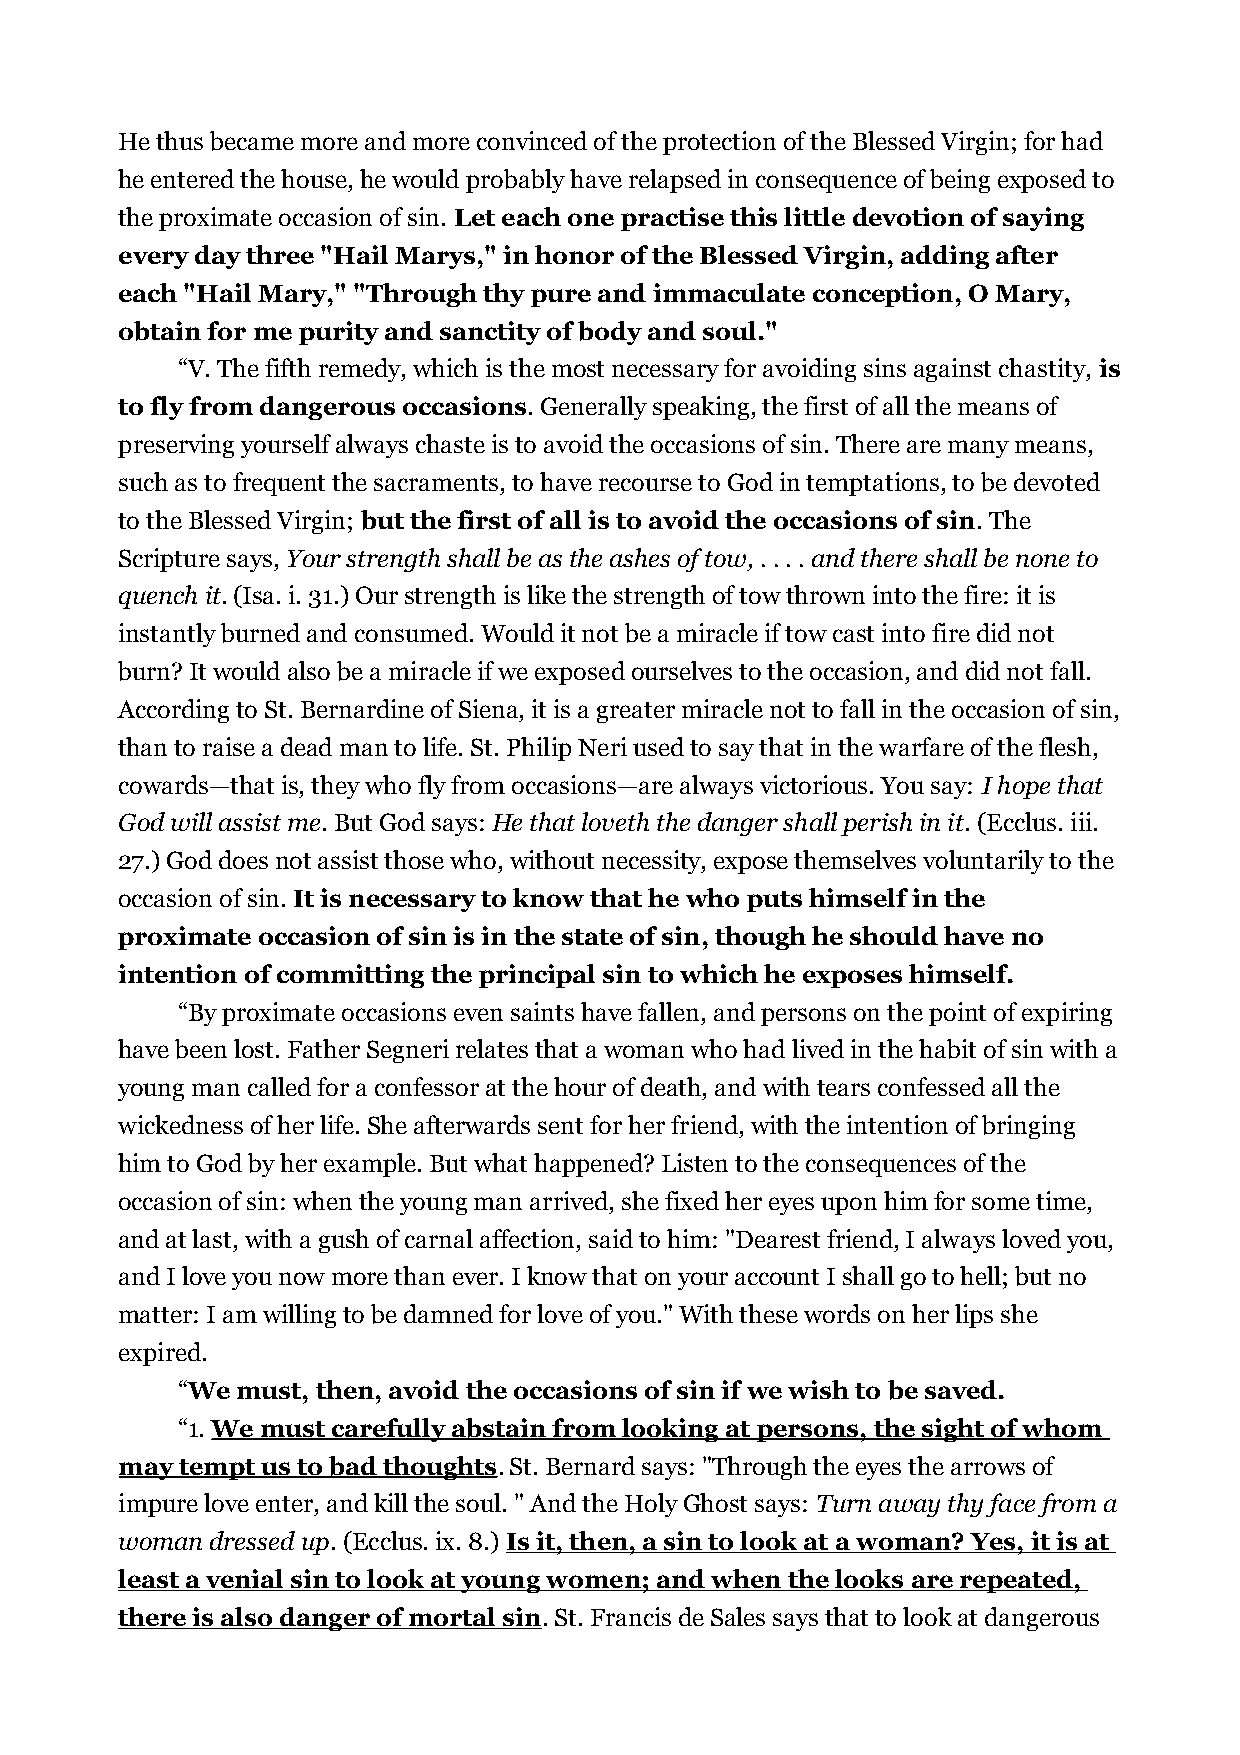
He thus became more and more convinced of the protection of the Blessed Virgin; for had
 he entered the house, he would probably have relapsed in consequence of being exposed to
 the proximate occasion of sin. Let each one practise this little devotion of saying
 every day three "Hail Marys," in honor of the Blessed Virgin, adding after
 each "Hail Mary," "Through thy pure and immaculate conception, O Mary,
 obtain for me purity and sanctity of body and soul."
 “V. The fifth remedy, which is the most necessary for avoiding sins against chastity, is
 to fly from dangerous occasions. Generally speaking, the first of all the means of
 preserving yourself always chaste is to avoid the occasions of sin. There are many means,
 such as to frequent the sacraments, to have recourse to God in temptations, to be devoted
 to the Blessed Virgin; but the first of all is to avoid the occasions of sin. The
 Scripture says, Your strength shall be as the ashes of tow, . . . . and there shall be none to
 quench it. (Isa. i. 31.) Our strength is like the strength of tow thrown into the fire: it is
 instantly burned and consumed. Would it not be a miracle if tow cast into fire did not
 burn? It would also be a miracle if we exposed ourselves to the occasion, and did not fall.
 According to St. Bernardine of Siena, it is a greater miracle not to fall in the occasion of sin,
 than to raise a dead man to life. St. Philip Neri used to say that in the warfare of the flesh,
 cowards—that is, they who fly from occasions—are always victorious. You say: I hope that
 God will assist me. But God says: He that loveth the danger shall perish in it. (Ecclus. iii.
 27.) God does not assist those who, without necessity, expose themselves voluntarily to the
 occasion of sin. It is necessary to know that he who puts himself in the
 proximate occasion of sin is in the state of sin, though he should have no
 intention of committing the principal sin to which he exposes himself.
 “By proximate occasions even saints have fallen, and persons on the point of expiring
 have been lost. Father Segneri relates that a woman who had lived in the habit of sin with a
 young man called for a confessor at the hour of death, and with tears confessed all the
 wickedness of her life. She afterwards sent for her friend, with the intention of bringing
 him to God by her example. But what happened? Listen to the consequences of the
 occasion of sin: when the young man arrived, she fixed her eyes upon him for some time,
 and at last, with a gush of carnal affection, said to him: "Dearest friend, I always loved you,
 and I love you now more than ever. I know that on your account I shall go to hell; but no
 matter: I am willing to be damned for love of you." With these words on her lips she
 expired.
 “We must, then, avoid the occasions of sin if we wish to be saved.
 “1. We must carefully abstain from looking at persons, the sight of whom
 may tempt us to bad thoughts. St. Bernard says: "Through the eyes the arrows of
 impure love enter, and kill the soul. " And the Holy Ghost says: Turn away thy face from a
 woman dressed up. (Ecclus. ix. 8.) Is it, then, a sin to look at a woman? Yes, it is at
 least a venial sin to look at young women; and when the looks are repeated,
 there is also danger of mortal sin. St. Francis de Sales says that to look at dangerous